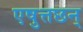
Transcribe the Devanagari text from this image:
एषुत्तछन्